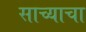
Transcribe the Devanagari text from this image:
साच्याचा